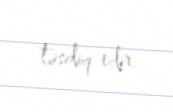
təsdiq edir.